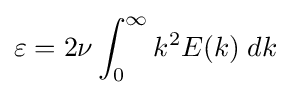
\varepsilon =2\nu \int _{0}^{\infty }k^{2}E(k)\;dk